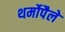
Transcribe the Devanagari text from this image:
थर्मोपैले